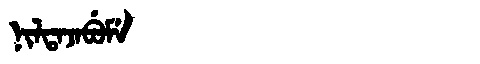
Manchu: ᠨᡳᠯᡨᠠᠵᠠᠪᡠᠮᡝ
Romanization: NILTAJABUME